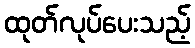
ထုတ်လုပ်ပေးသည့်